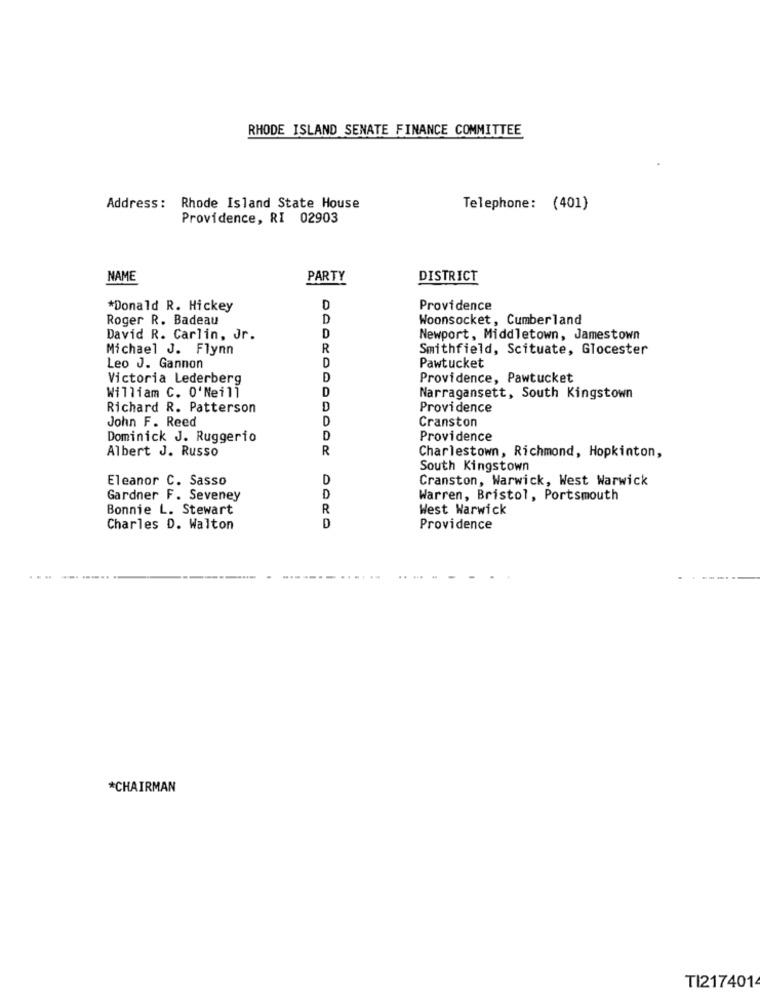
RHODE ISLAND SENATE FINANCE COMMITTEE
Address: Rhode Island State House
Telephone: (401)
Providence, RI 02903
NAME
PARTY
DISTRICT
*Donald R. Hickey
D
Providence
Roger R. Badeau
D
Woonsocket, Cumberland
David R. Carlin, Jr.
D
Newport, Middletown, Jamestown
Michael J. Flynn
R
Smithfield, Scituate, Glocester
D
Leo J. Gannon
Pawtucket
Victoria Lederberg
D
Providence, Pawtucket
D
William C. 0'Neill
Narragansett, South Kingstown
Richard R. Patterson
D
Providence
John F. Reed
D
Cranston
Dominick J. Ruggerio
D
Providence
Albert J. Russo
R
Charlestown, Richmond, Hopkinton,
South Kingstown
Eleanor C. Sasso
D
Cranston, Warwick, West Warwick
Gardner F. Seveney
D
Warren, Bristol, Portsmouth
Bonnie L. Stewart
R
West Warwick
D
Charles D. Walton
Providence
*CHAIRMAN
TI2174014